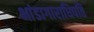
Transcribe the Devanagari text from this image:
भांडागाराधिपति